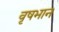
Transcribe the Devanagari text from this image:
वृषभान